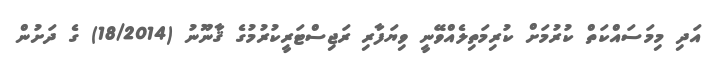
އަދި މިމަސައްކަތް ކުރުމަށް ކުރިމަތިލެއްވޭނީ ވިޔަފާރި ރަޖިސްޓަރީކުރުމުގެ ޤާނޫނު (18/2014) ގެ ދަށުން